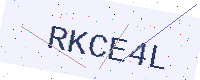
Text: RKCE4L